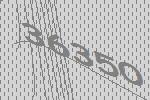
36350